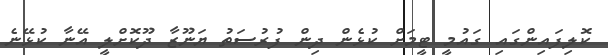
ކޮލިފައިންގައި ގައުމީ ޓީމަށް ކުޅެން ދިން ފުރުސަތު ޔަނޫޒާ ދޫކޮށްލީ އޭނާ ކުޅޭނެ